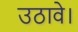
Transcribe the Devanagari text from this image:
उठावे।